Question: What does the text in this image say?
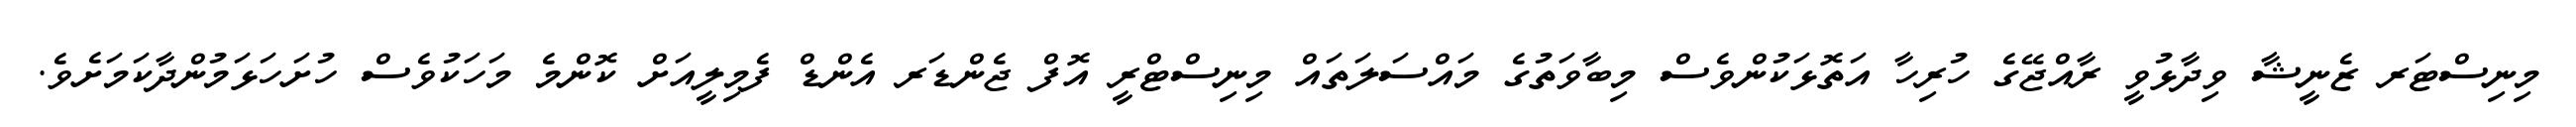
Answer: މިނިސްޓަރ ޒެނީޝާ ވިދާޅުވީ ރާއްޖޭގެ ހުރިހާ އަތޮޅަކުންވެސް މިބާވަތުގެ މައްސަލަތައް މިނިސްޓްރީ އޮފް ޖެންޑަރ އެންޑް ފެމިލީއަށް ކޮންމެ މަހަކުވެސް ހުށަހަޅަމުންދާކަމަށެވެ.